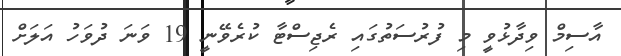
އާސިމް ވިދާޅުވީ މި ފުރުސަތުގައި ރެޖިސްޓާ ކުރެވޭނީ 19 ވަނަ ދުވަހު އަލަށް